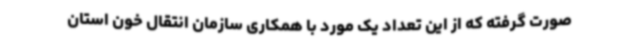
صورت گرفته که از این تعداد یک مورد با همکاری سازمان انتقال خون استان